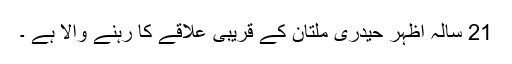
21 سالہ اظہر حیدری ملتان کے قریبی علاقے کا رہنے والا ہے ۔